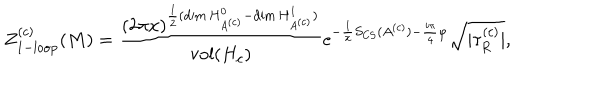
LaTeX: Z _ { \mathrm { 1 - l o o p } } ^ { ( c ) } ( M ) = { \frac { ( 2 \pi x ) ^ { { \frac { 1 } { 2 } } ( \mathrm { d i m } \, H _ { A ^ { ( c ) } } ^ { 0 } - \mathrm { d i m } \, H _ { A ^ { ( c ) } } ^ { 1 } ) } } { \mathrm { v o l } ( H _ { c } ) } } \mathrm { e } ^ { - { \frac { 1 } { x } } S _ { \mathrm { C S } } ( A ^ { ( c ) } ) - { \frac { i \pi } { 4 } } \varphi } { \sqrt { | \tau _ { R } ^ { ( c ) } | } } ,